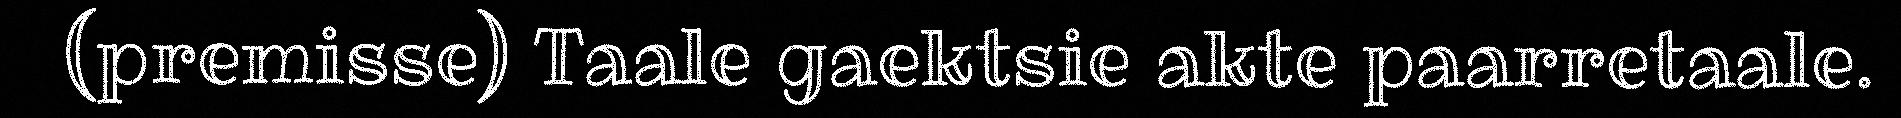
(premisse) Taale gaektsie akte paarretaale.